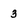
Character: 3